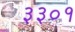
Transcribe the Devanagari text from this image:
३३०१